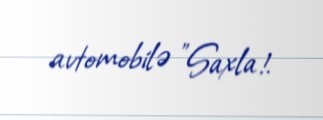
avtomobilə "Saxla!.